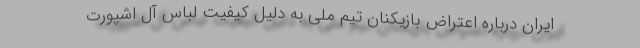
ایران درباره اعتراض بازیکنان تیم ملی به دلیل کیفیت لباس آل اشپورت